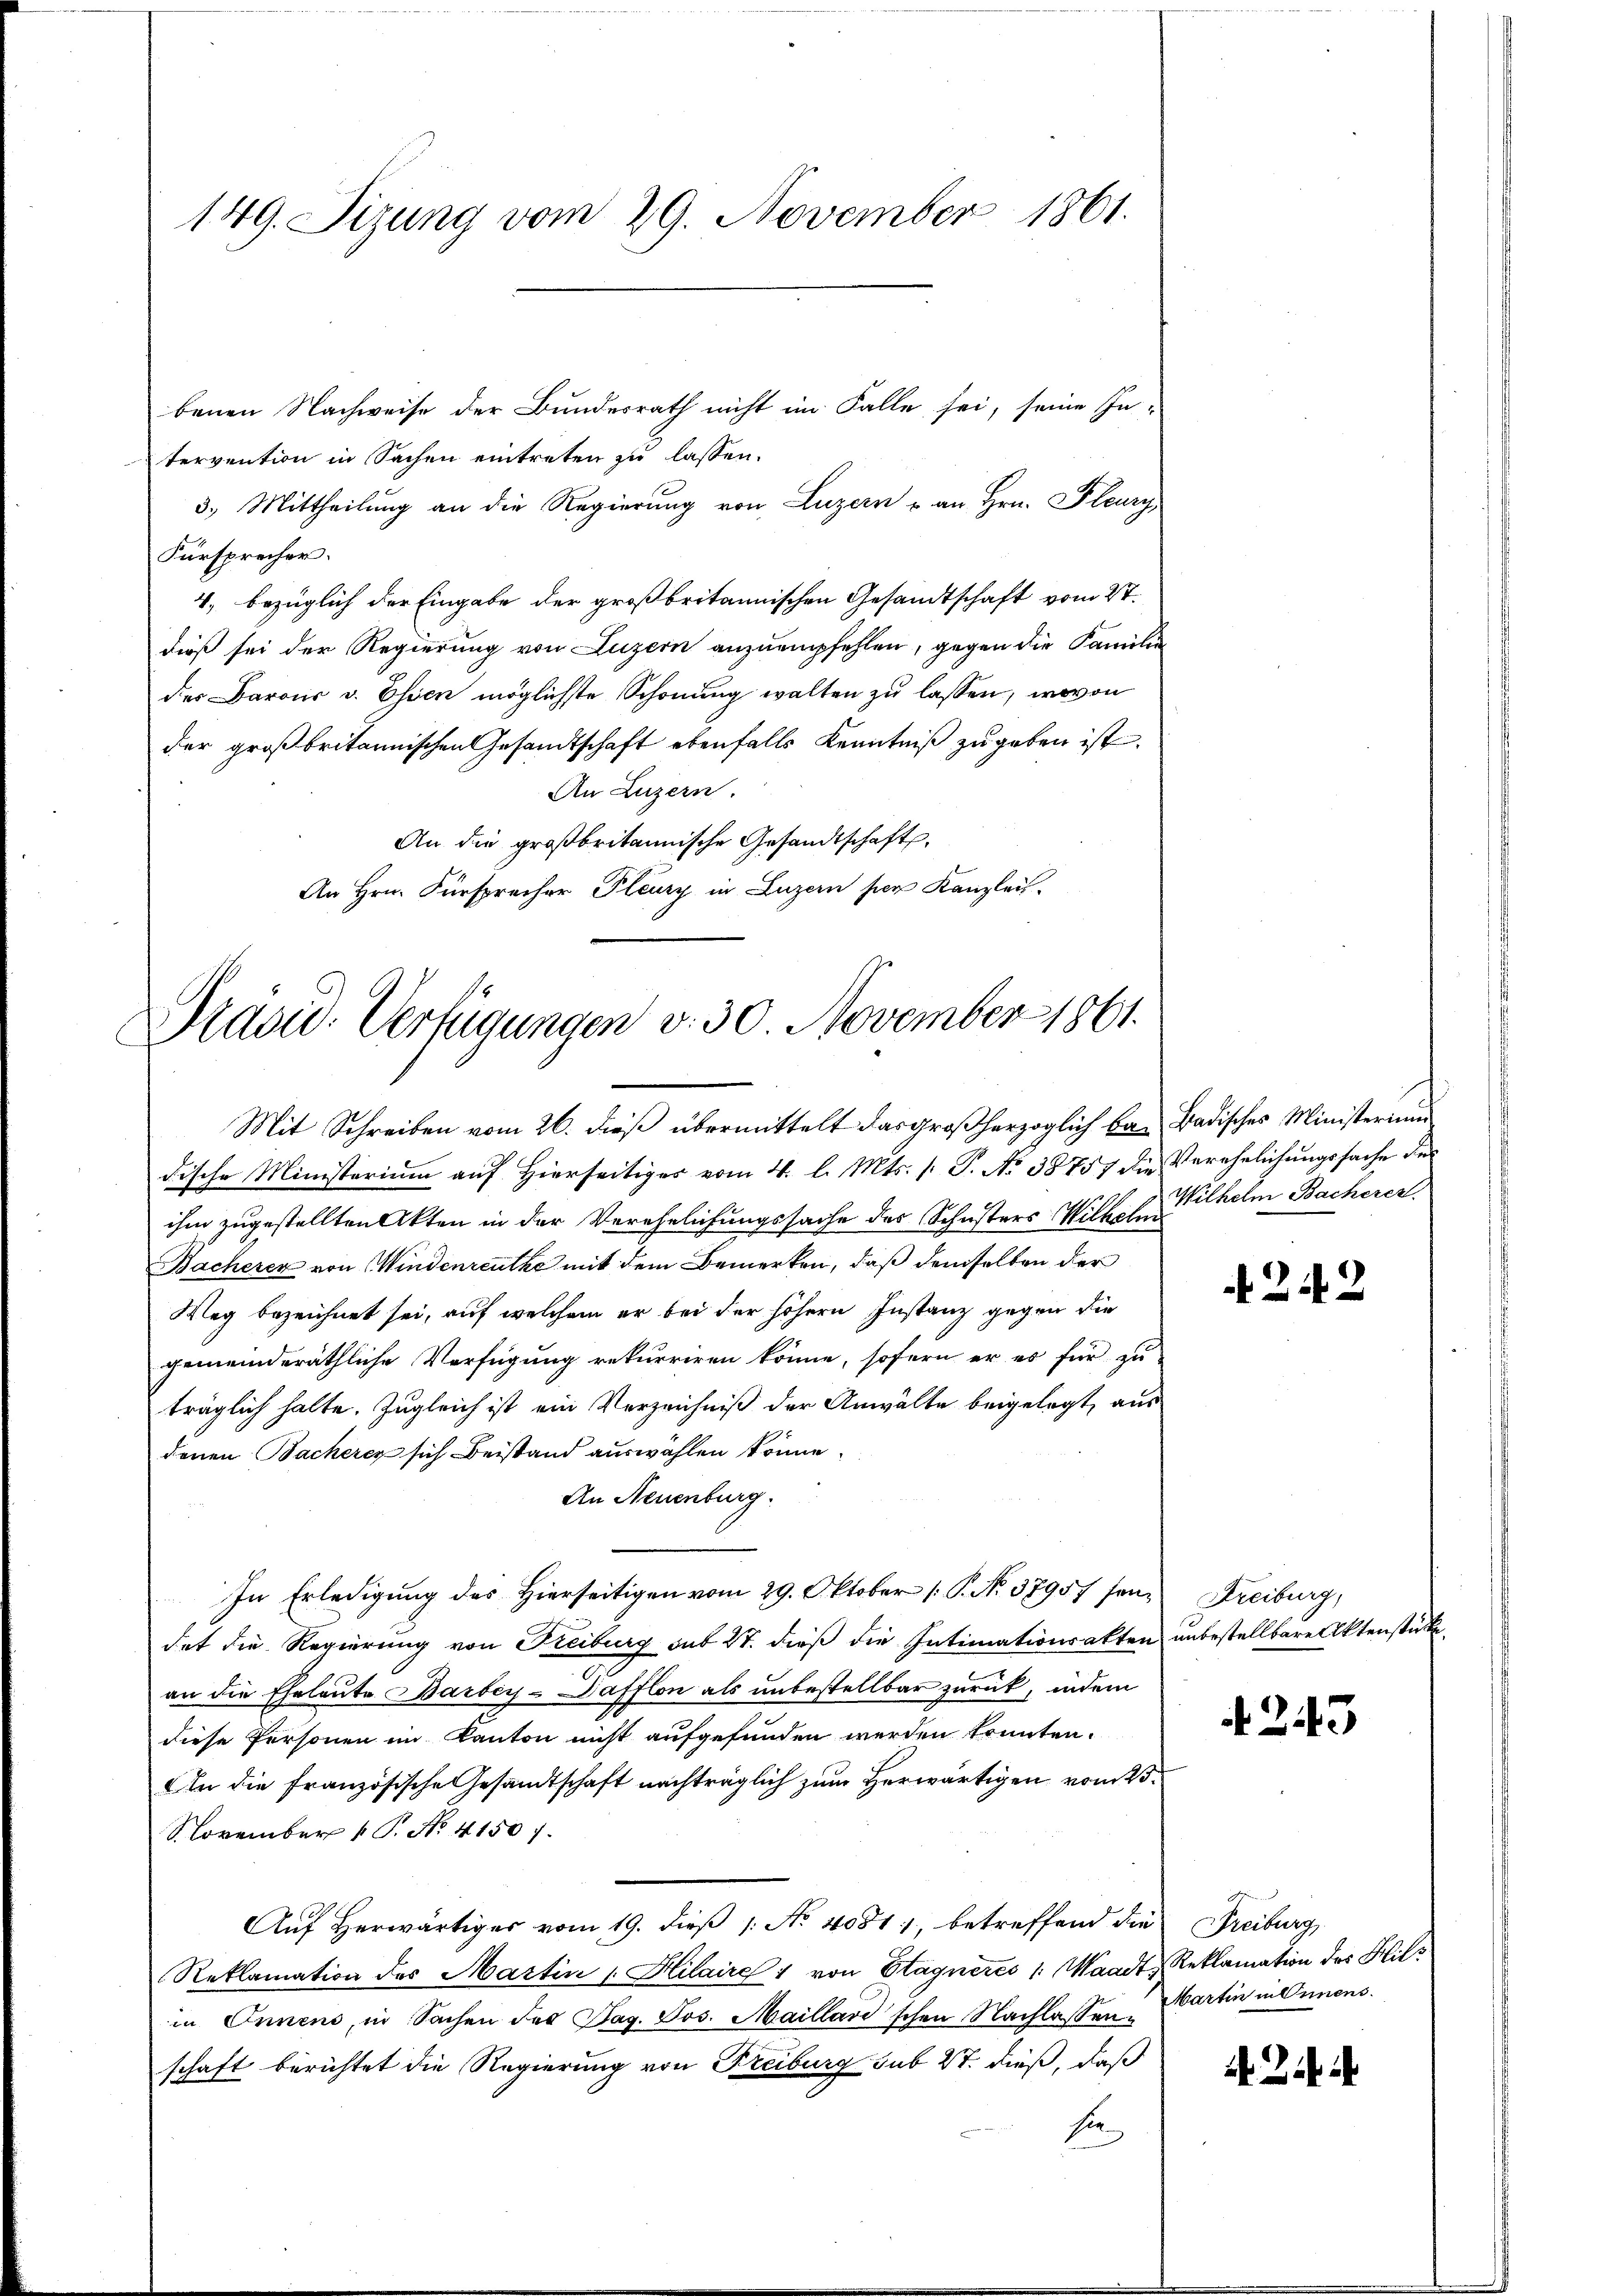
149. Sizung vom 29. November 1861.

benen Nachweise der Bundesrath nicht im Falle sei, seine In-
tervention in Sachen eintreten zu lassen.
3.) Mittheilung an die Regierung von Luzern u an Hrn. Flury,
Fürsprecher.
4, bezüglich der Eingabe der großbritannischen Gesandtschaft vom 27.
dieß sei der Regierung von Luzern anzuempfehlen, gegen die Familie
der Barons v. Essen möglichste Schonung walten zŭ lassen, wovon
der großbritannischen Gesandtschaft ebenfalls Kenntniß zu geben ist.
An Luzern.
An die großbritannische Gesandtschaft,
An Hrn. Fürsprecher Pleury in Luzern per Kanzlei.

Präsid. Verfügungen v. 30 November 1861.

Mit Schreiben vom 26. dieß übermittelt das großherzoglich ba- Badisches Ministerium
dische Ministerium auf Hierseitiges vom 4. l. Mts. s. S. No 38757 die Verehelichungssache des
ihm zugestellten Akten in der Verehelichungssache des Schusters Wilhelm Wilhelm Bacherer
Bacherer von Windenreuthe mit dem Bemerken, daß demselben der
Weg bezeichnet sei, auf welchem er bei der höhern Instanz gegen die
gemeinderäthliche Verfügung rekurriren könne, sofern er es für zu
träglich halte. Zugleich ist ein Verzeichniß der Anwälte beigelegt, aus
denen Bacheren sich Beistand auswählen könne.
An Neuenburg.
In Erledigung des Hierseitigen vom 29. Oktober [P. No. 37957 sendet die Regierung von Freiburg sub 27. dieß die Intimationsakten unbestellbare Aktenstücke
an die Eheleute Barbey-Dafflon als unbestellbar zurück, indem
diese Personen im Kanton nicht aufgefunden werden könnten.
An die französische Gesandtschaft nachträglich zum Herwärtigen vom 23.
November 1 P. No. 41507.
Aŭf herwärtiger vom 19. dieβ 1. No 4081, betreffend die Freiburg,
Reklamation des Martin u. Hilaire 1 von Etagneres /: Waadt, Reklamation des Hilin Innens, in Sachen des Tag. Jos. Maillard'schen Nachlassen Martin in Dimensschaft berichtet die Regierung von Freiburg sub 27. dieß, daß
sie

4242

Freiburg,

243